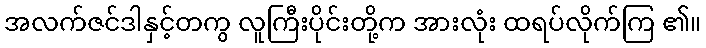
အလက်ဇင်ဒါနှင့်တကွ လူကြီးပိုင်းတို့က အားလုံး ထရပ်လိုက်ကြ ၏။